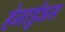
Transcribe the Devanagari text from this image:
हेजार्डुअस